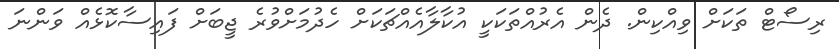
ރިސޯޓް ތަކަށް ވިއްކިން. ދެން އެރުއްތަކަކީ އުކާލާއެއްޗަކަށް ހެދުމަށްވުރެ ޖީބަށް ފައިސާކޮޅެއް ވަންނަ